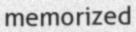
memorized